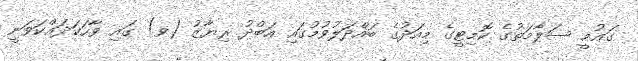
ގައުމީ ސަލާމަތުގެ ކޮމިޓީގެ މިއަދުގެ ބައްދަލުވުމުގައި އަބްދު ރިޔާޒު (ވ) ގައި ވާހަކަދައްކަވަނީ